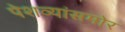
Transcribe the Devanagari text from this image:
पेशव्यांसमोर